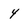
Character: 4